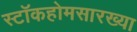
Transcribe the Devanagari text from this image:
स्टॉकहोमसारख्या